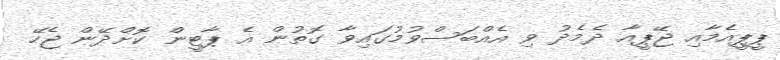
ޕީޕީއެމާއި ޖޭޕީއާ ދެމެދު ވި އެއްބަސްވުމުގައިވާ ގޮތުން އެ ޕާޓީން ކޮށްދޭން ޖެހޭ